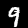
Digit: 9